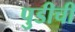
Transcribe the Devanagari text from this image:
पुडीची